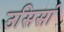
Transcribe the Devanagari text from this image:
उसिसां